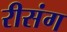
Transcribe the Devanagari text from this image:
रीसंग